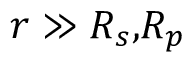
r \gg R _ { s } \mathrm { , } R _ { p }